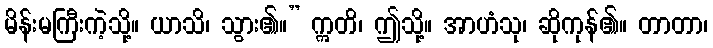
မိန်းမကြီးကဲ့သို့။ ယာသိ၊ သွား၏။” ဣတိ၊ ဤသို့။ အာဟံသု၊ ဆိုကုန်၏။ တာတာ၊